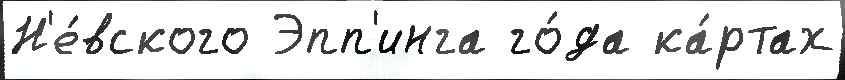
Н'е́вского Эпп'инга го́да ка́ртах